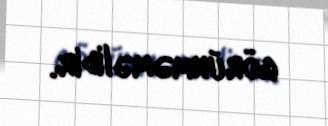
görünməməlidir.